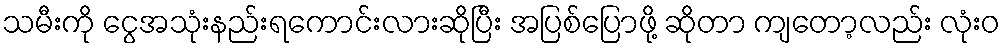
သမီးကို ငွေအသုံးနည်းရကောင်းလားဆိုပြီး အပြစ်ပြောဖို့ ဆိုတာ ကျတော့လည်း လုံးဝ